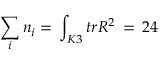
\sum _ { i } n _ { i } = \, \int _ { K 3 } t r R ^ { 2 } \, = \, 2 4